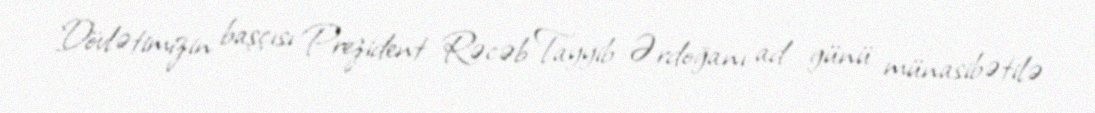
Dövlətimizin başçısı Prezident Rəcəb Tayyib Ərdoğanı ad günü münasibətilə